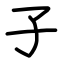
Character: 子